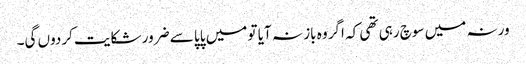
ورنہ میں سوچ رہی تھی کہ اگر وہ باز نہ آیا تو میں پاپا سے ضرور شکایت کردوں گی۔